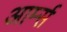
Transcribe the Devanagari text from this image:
आर्म्‍स